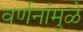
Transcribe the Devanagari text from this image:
वर्णनांमुळे